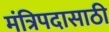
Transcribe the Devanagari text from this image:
मंत्रिपदासाठी